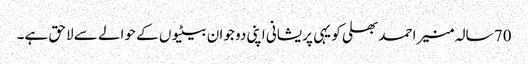
70 سالہ منیر احمد بھلی کو یہی پریشانی اپنی دو جوان بیٹیوں کے حوالے سے لاحق ہے۔